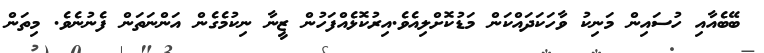
ބޭބެއާއި ހުސައިން މަނިކު ވާހަކަދައްކަން މަޑުކޮށްލިއެވެ.އިރުކޮޅެއްފަހުން ޒީނާ ނިކުމެގެން އަންނަތަން ފެނުނެވެ. މިތަން